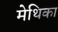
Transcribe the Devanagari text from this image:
मेथिका